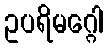
ဥပရိမဂ္ဂေါ